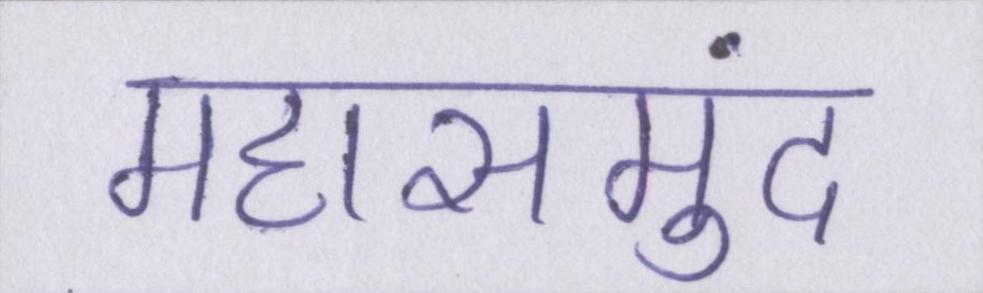
महासमुंद